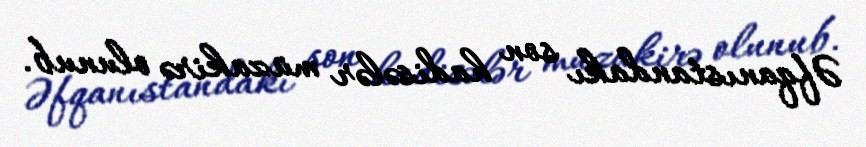
Əfqanıstandakı son hadisələr müzakirə olunub.